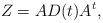
LaTeX: \begin{align*}Z = A D(t) A^t,\end{align*}